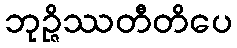
ဘုဉ္ဇိဿတီတိပေ